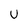
Character: u